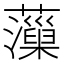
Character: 𧃡